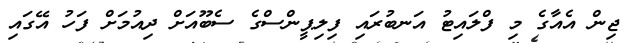
ޖިން އެއާގެ މި ފްލައިޓު އަނބުރައި ފިލިޕީންސްގެ ސެބޫއަށް ދިއުމަށް ފަހު އޭގައި